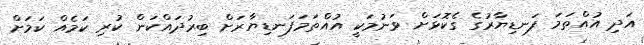
އަދި އުއްތަމަ ފަނޑިޔާރުގެ ގެކޮޅަށް ވަނުމަކީ އުއްތަމަފަނޑިޔާރަށް ބިރުދައްކަން ކުރި ކަމެއް ކަމަށް